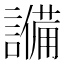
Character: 𬣈